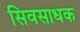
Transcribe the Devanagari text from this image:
सिवसाधक